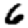
Digit: 6